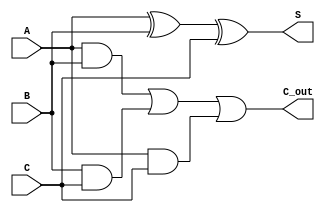
module CSA (
    input  [N-1:0] A, // Operand A
    input  [N-1:0] B, // Operand B
    input  [N-1:0] C, // Operand C
    output [N-1:0] S, // Sum output
    output [N-1:0] C_out // Carry output
);
    parameter N = 8; // Bit-width of the operands

    assign S = A ^ B ^ C; // Sum calculation
    assign C_out = (A & B) | (B & C) | (A & C); // Carry calculation
endmodule